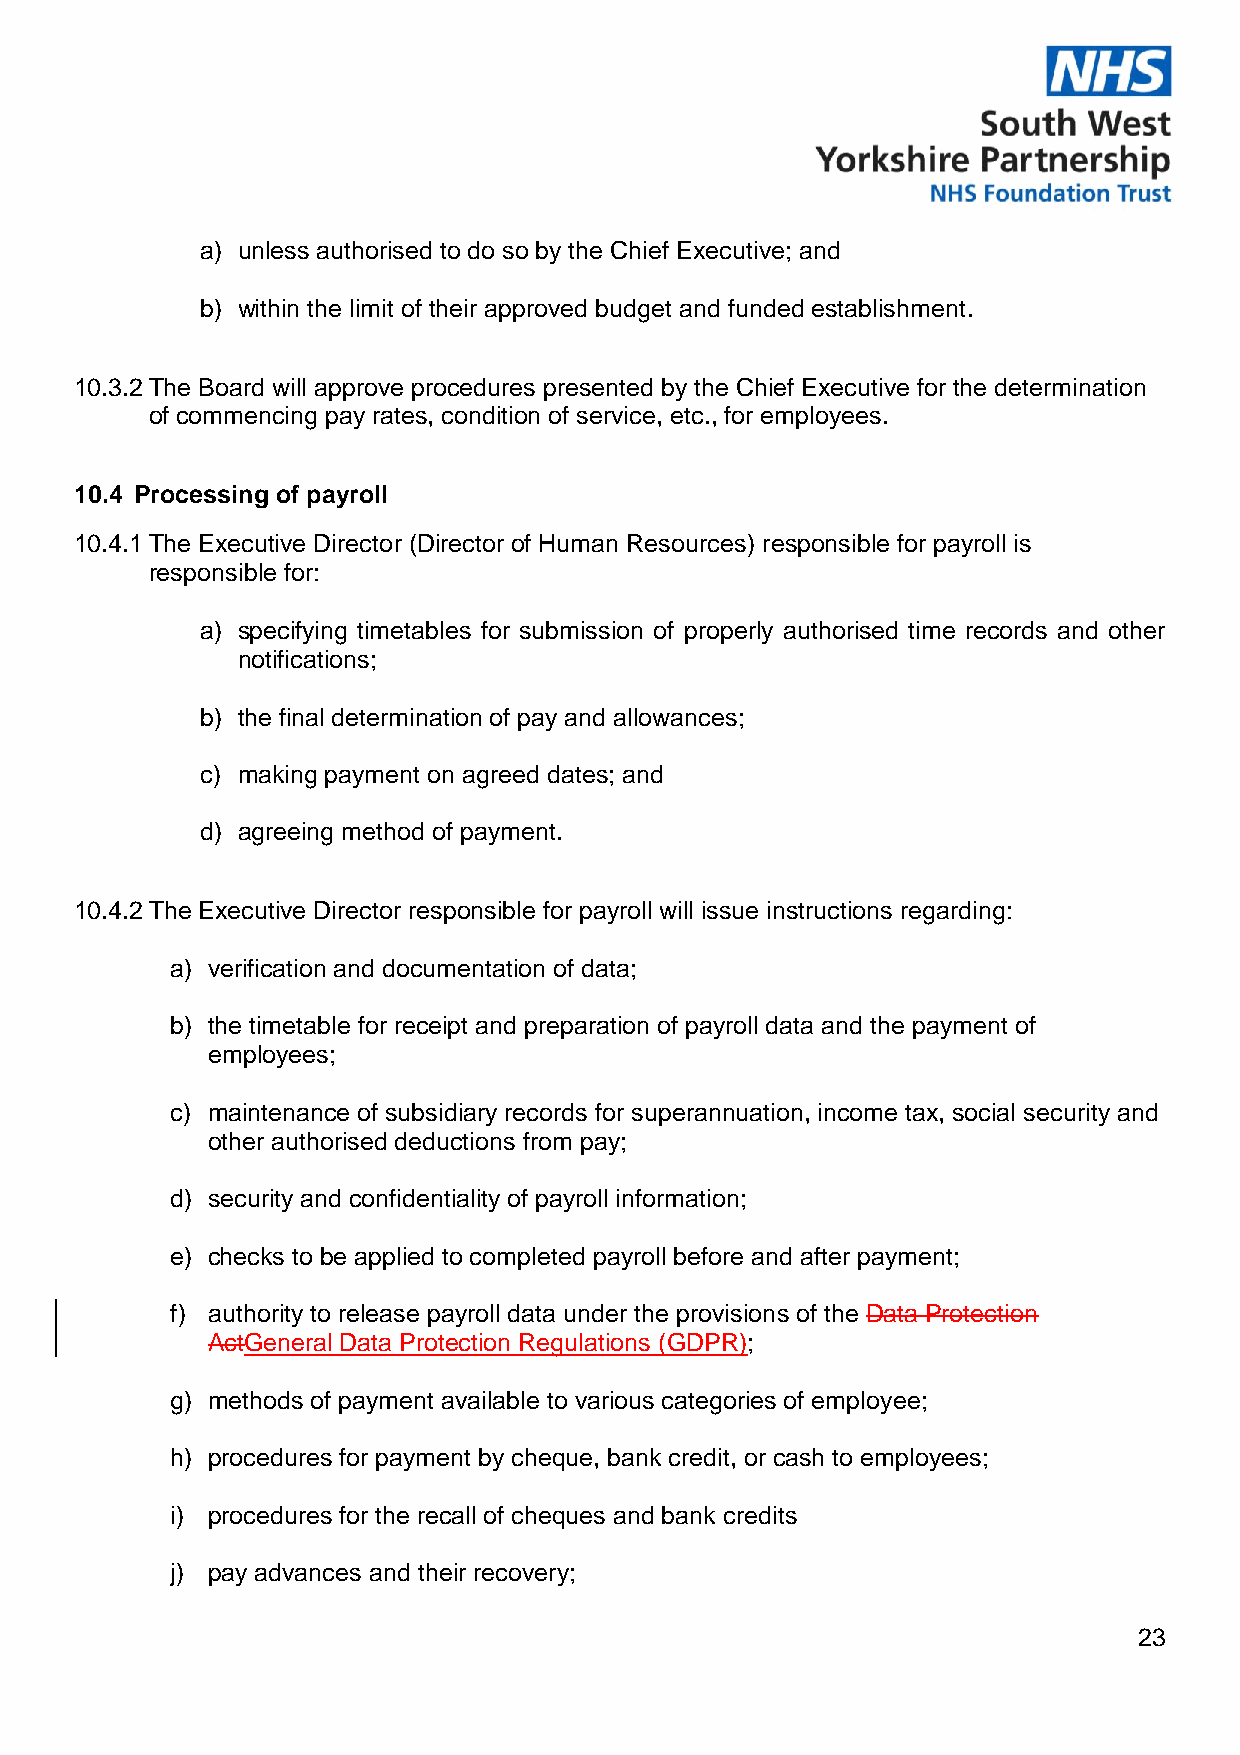
a) unless authorised to do so by the Chief Executive; and
 b) within the limit of their approved budget and funded establishment.
 10.3.2 The Board will approve procedures presented by the Chief Executive for the determination
 of commencing pay rates, condition of service, etc., for employees.
 10.4 Processing of payroll
 10.4.1 The Executive Director (Director of Human Resources) responsible for payroll is
 responsible for:
 a) specifying timetables for submission of properly authorised time records and other
 notifications;
 b) the final determination of pay and allowances;
 c) making payment on agreed dates; and
 d) agreeing method of payment.
 10.4.2 The Executive Director responsible for payroll will issue instructions regarding:
 a) verification and documentation of data;
 b) the timetable for receipt and preparation of payroll data and the payment of
 employees;
 c) maintenance of subsidiary records for superannuation, income tax, social security and
 other authorised deductions from pay;
 d) security and confidentiality of payroll information;
 e) checks to be applied to completed payroll before and after payment;
 f) authority to release payroll data under the provisions of the Data Protection
 ActGeneral Data Protection Regulations (GDPR);
 g) methods of payment available to various categories of employee;
 h) procedures for payment by cheque, bank credit, or cash to employees;
 i) procedures for the recall of cheques and bank credits
 j) pay advances and their recovery;
 23